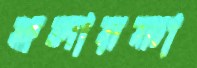
হুলায়ফা